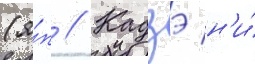
(я́п // Кадзэ н'и́